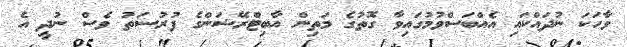
ވާހަކަ ނުދައްކައި އެއްބަސްވުމުގައިވާ ގޮތުގެ މަތިން އާބިޓްރޭޝަންގެ ފުރުސަތު ވެސް ނުދީ އެ